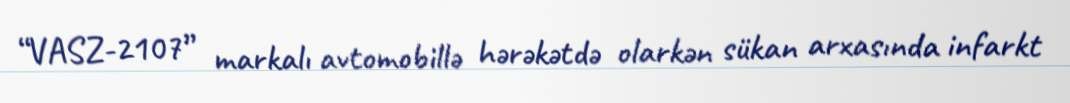
“VASZ-2107” markalı avtomobillə hərəkətdə olarkən sükan arxasında infarkt